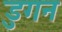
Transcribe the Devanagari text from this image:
डुगन